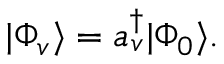
\begin{array} { r } { | \Phi _ { v } \rangle = a _ { v } ^ { \dagger } | \Phi _ { 0 } \rangle . } \end{array}